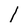
Character: l